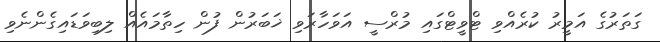
ގަތަރުގެ އަމީރު ކުރެއްވި ޓްވީޓްގައި މުރްސީ އަވަހާރަވި ޚަބަރުން ފުން ހިތާމައެއް ލިބިވަޑައިގެންނެވި